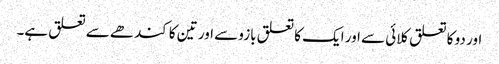
اور دو کا تعلق کلائی سے اور ایک کا تعلق بازو سے اور تین کا کندھے سے تعلق ہے۔